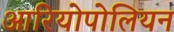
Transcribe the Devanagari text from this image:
आरियोपोलियन